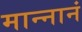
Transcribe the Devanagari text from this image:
मान्नानं